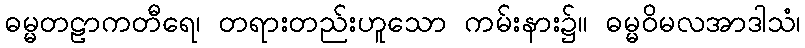
ဓမ္မတဠာကတီရေ၊ တရားတည်းဟူသော ကမ်းနား၌။ ဓမ္မဝိမလအာဒါသံ၊